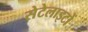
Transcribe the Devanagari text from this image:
सेटेलाइटों